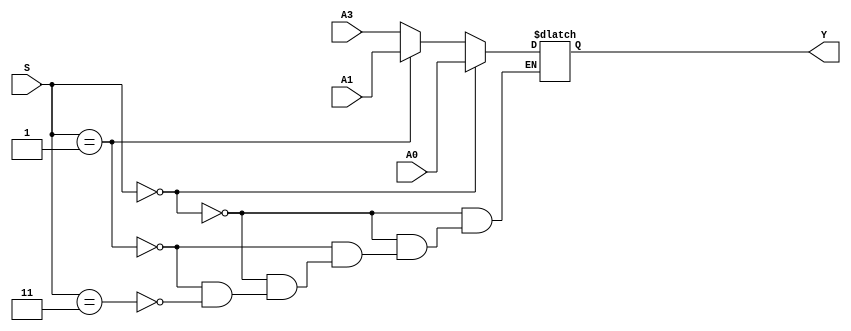
module MUX3X32(S,A0,A1,A3,Y);
input [31:0]A0,A1,A3;
input [1:0]S;
output reg [31:0]Y;
initial
begin
Y=32'd0;
end

always@(*)
begin
#5
if(S==2'b00)
    Y=A0;
else if(S==2'b01)
    Y=A1;
else if(S==2'b11)
    Y=A3;
end
endmodule